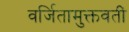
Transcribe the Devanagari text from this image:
वर्जितामुक्तवतीं